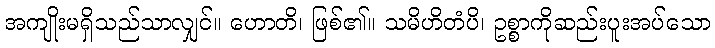
အကျိုးမရှိသည်သာလျှင်။ ဟောတိ၊ ဖြစ်၏။ သမိဟိတံပိ၊ ဥစ္စာကိုဆည်းပူးအပ်သော